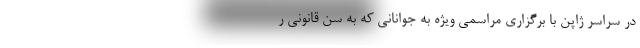
در سراسر ژاپن با برگزاری مراسمی ویژه به جوانانی که به سن قانونی ر